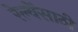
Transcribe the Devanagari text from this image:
रेल्वेंसाठी